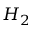
H _ { 2 }